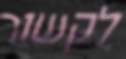
לקשור